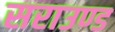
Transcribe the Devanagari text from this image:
सराउण्ड